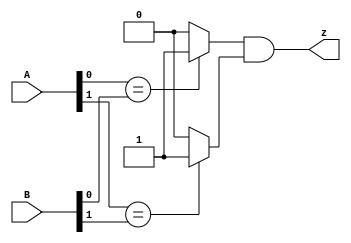
module top_module ( input [1:0] A, input [1:0] B, output z ); 
    wire intermediate_result1, intermediate_result2;
    always @(*) begin
        intermediate_result1 = A[0] == B[0] ? 1 : 0;
        intermediate_result2 = A[1] == B[1] ? 1 : 0;
        z = intermediate_result1 & intermediate_result2;
    end
endmodule